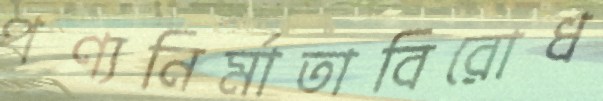
পণ্যনির্মাতাবিরোধ